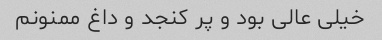
خیلی عالی بود و پر کنجد و داغ ممنونم